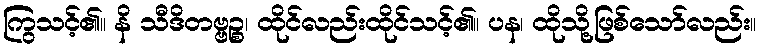
ကြွသင့်၏။ နိ သီဒိတဗ္ဗဉ္စ၊ ထိုင်လည်းထိုင်သင့်၏။ ပန၊ ထိုသို့ဖြစ်သော်လည်း။